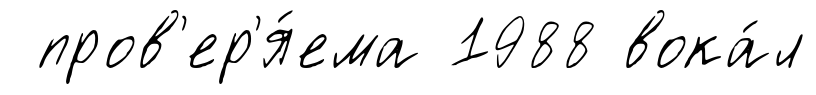
пров'ер'я́ема 1988 вока́л